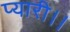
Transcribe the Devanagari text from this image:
प्यारी।।